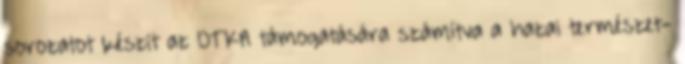
sorozatot készít az OTKA támogatására számítva a hazai természet-